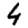
Digit: 4